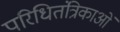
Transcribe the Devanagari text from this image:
परिधितंत्रिकाओं